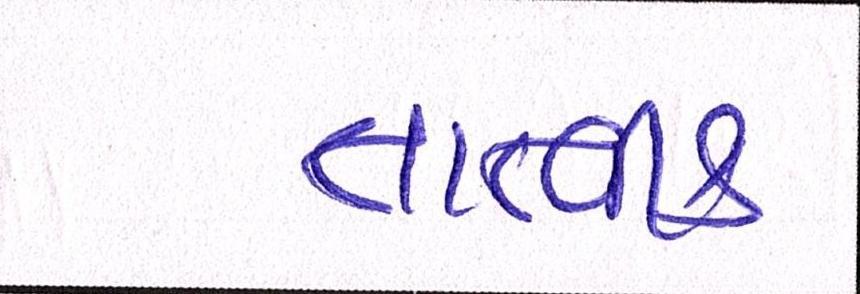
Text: તાત્વીક